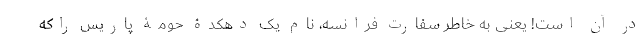
در آن است! یعنی به خاطر سفارت فرانسه، نام یک دهکدۀ حومۀ پاریس راکه